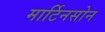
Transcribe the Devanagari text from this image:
मार्टिनसोन